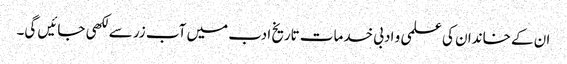
ان کے خاندان کی علمی و ادبی خدمات تاریخ ادب میں آب زر سے لکھی جائیں گی۔